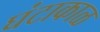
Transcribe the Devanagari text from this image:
घंटाकाळ